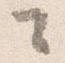
々